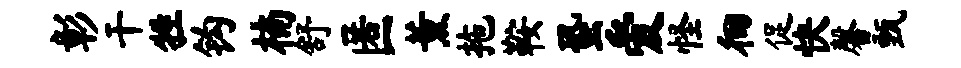
彰干牲钩楠舒匿薰拖鞍蛩爱怪徊促快馨甄